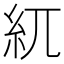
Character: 𥾕